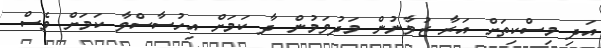
އަދި މިސްކިތަށް އަރާ ޒުވާނުން މަދުވަމުން ދާ ކަމަށް އިހުސާސްވާ ކަމަށް ވެސް